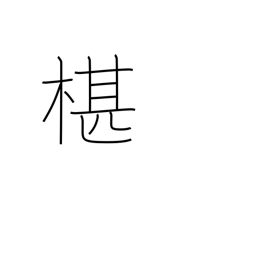
Meaning: type of cypress